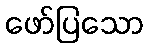
ဖော်ပြသော